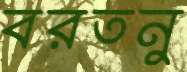
বরতনু